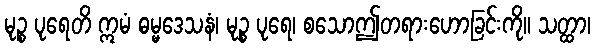
မုဉ္စ ပုရေတိ ဣမံ ဓမ္မဒေသနံ၊ မုဉ္စ ပုရေ၊ စသောဤတရားဟောခြင်းကို။ သတ္ထာ၊